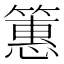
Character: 𫂠